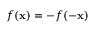
f ( { \bf { x } } ) = - f ( - { \bf { x } } )